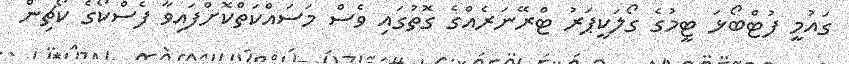
ގައުމީ ފުޓްބޯޅަ ޓީމުގެ ގޯލަކީޕަރު ޓްރޭނަރެއްގެ ގޮތުގައި ވެސް މަސައްކަތްކޮށްފައިވާ ފެސްކޯގެ ކޯޗިން